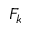
F _ { k }